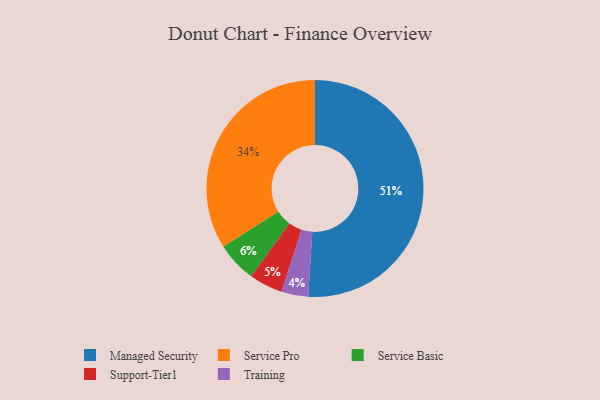
{"axis": {"x": "Category", "y": "Percentage"}, "legend": ["Managed Security", "Service Basic", "Service Pro", "Support-Tier1", "Training"], "data": [{"x": "Service Basic", "y": 6, "type": "Service Basic"}, {"x": "Service Pro", "y": 34, "type": "Service Pro"}, {"x": "Support-Tier1", "y": 5, "type": "Support-Tier1"}, {"x": "Managed Security", "y": 51, "type": "Managed Security"}, {"x": "Training", "y": 4, "type": "Training"}]}